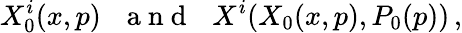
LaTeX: X_{0}^{i}(x,p)\, \, \, \, \mathrm{~a~n~d~}\, \, \, \, X^{i}(X_{0}(x,p),P_{0}(p))\, ,